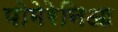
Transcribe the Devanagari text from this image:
पोमेरेनिआ